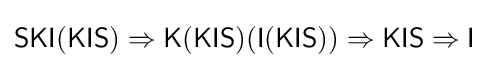
{\mathsf {SKI(KIS)}}\Rightarrow {\mathsf {K(KIS)(I(KIS))}}\Rightarrow {\mathsf {KIS}}\Rightarrow {\mathsf {I}}